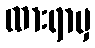
ထားရာမှ